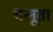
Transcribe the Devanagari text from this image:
चलूता